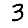
Digit: 3